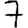
Digit: 7